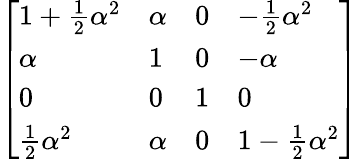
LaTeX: {\left[\begin{array}{llll}{1+{\frac{1}{2}}\alpha^{2}}&{\alpha}&{0}&{-{\frac{1}{2}}\alpha^{2}}\\ {\alpha}&{1}&{0}&{-\alpha}\\ {0}&{0}&{1}&{0}\\ {{\frac{1}{2}}\alpha^{2}}&{\alpha}&{0}&{1-{\frac{1}{2}}\alpha^{2}}\end{array}\right]}